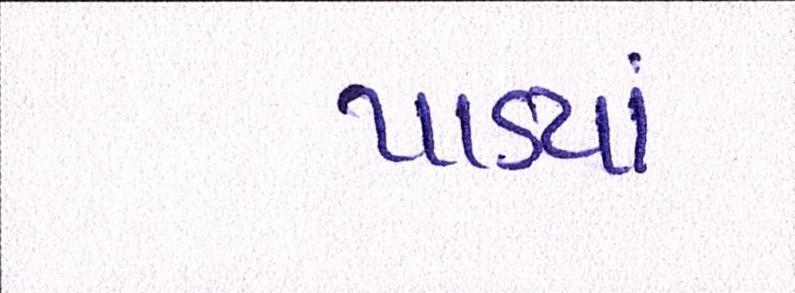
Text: પાડ્યાં